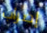
إضراب